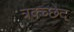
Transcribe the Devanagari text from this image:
त्रक्च्छेद